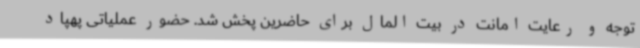
توجه و رعایت امانت در بیت المال برای حاضرین پخش شد. حضور عملیاتی پهپاد